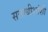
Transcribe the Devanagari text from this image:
सत्ताधीशांशी